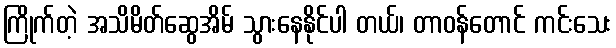
ကြိုက်တဲ့ အသိမိတ်ဆွေအိမ် သွားနေနိုင်ပါ တယ်၊ တာဝန်တောင် ကင်းသေး